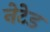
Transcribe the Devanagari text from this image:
नेटेड